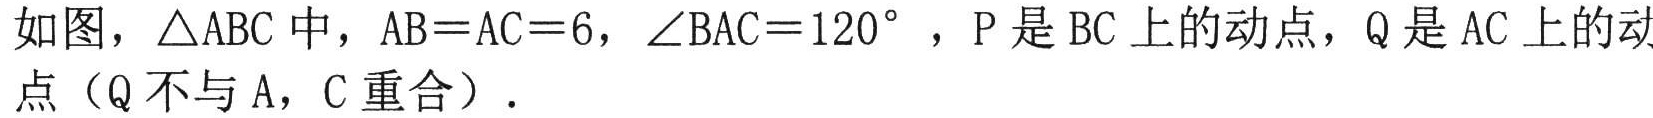
如图，\(\triangle ABC\)中，\(AB = AC = 6\)，\(\angle BAC = 120^{\circ}\)，\(P\)是\(BC\)上的动点，\(Q\)是\(AC\)上的动点（\(Q\)不与\(A\)，\(C\)重合）.